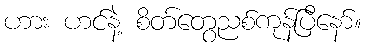
ဟား ဟင်နဲ့ စိတ်တွေညစ်ကုန်ပြီနော်။